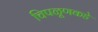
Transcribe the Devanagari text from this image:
चिपळूणकडे